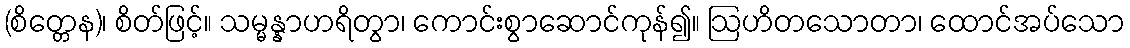
(စိတ္တေန)၊ စိတ်ဖြင့်။ သမ္မန္နာဟရိတွာ၊ ကောင်းစွာဆောင်ကုန်၍။ ဩဟိတသောတာ၊ ထောင်အပ်သော